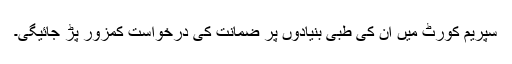
سپریم کورٹ میں ان کی طبی بنیادوں پر ضمانت کی درخواست کمزور پڑ جائیگی۔